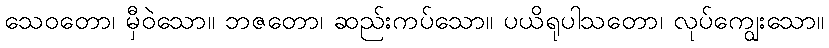
သေဝတော၊ မှီဝဲသော။ ဘဇတော၊ ဆည်းကပ်သော။ ပယိရုပါသတော၊ လုပ်ကျွေးသော။